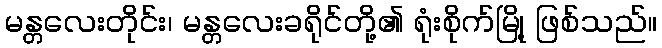
မန္တလေးတိုင်း၊ မန္တလေးခရိုင်တို့၏ ရုံးစိုက်မြို့ ဖြစ်သည်။